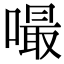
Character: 嘬